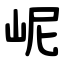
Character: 㞾